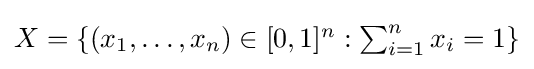
{\textstyle X=\{(x_{1},\dots ,x_{n})\in [0,1]^{n}:\sum _{i=1}^{n}x_{i}=1\}}